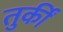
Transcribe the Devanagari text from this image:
तुर्कीं